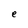
Character: e